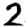
Digit: 2